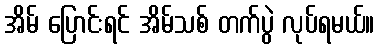
အိမ် ပြောင်းရင် အိမ်သစ် တက်ပွဲ လုပ်ရမယ်။